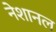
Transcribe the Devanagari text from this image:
नेशानल